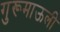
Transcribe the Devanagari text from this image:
गुरूमाऊली